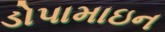
ડોપામાઇન